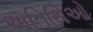
અતિથિઓ